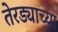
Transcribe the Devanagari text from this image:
तेरड्याच्या